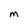
Character: M